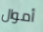
أموال